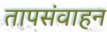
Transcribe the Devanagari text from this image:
तापसंवाहन